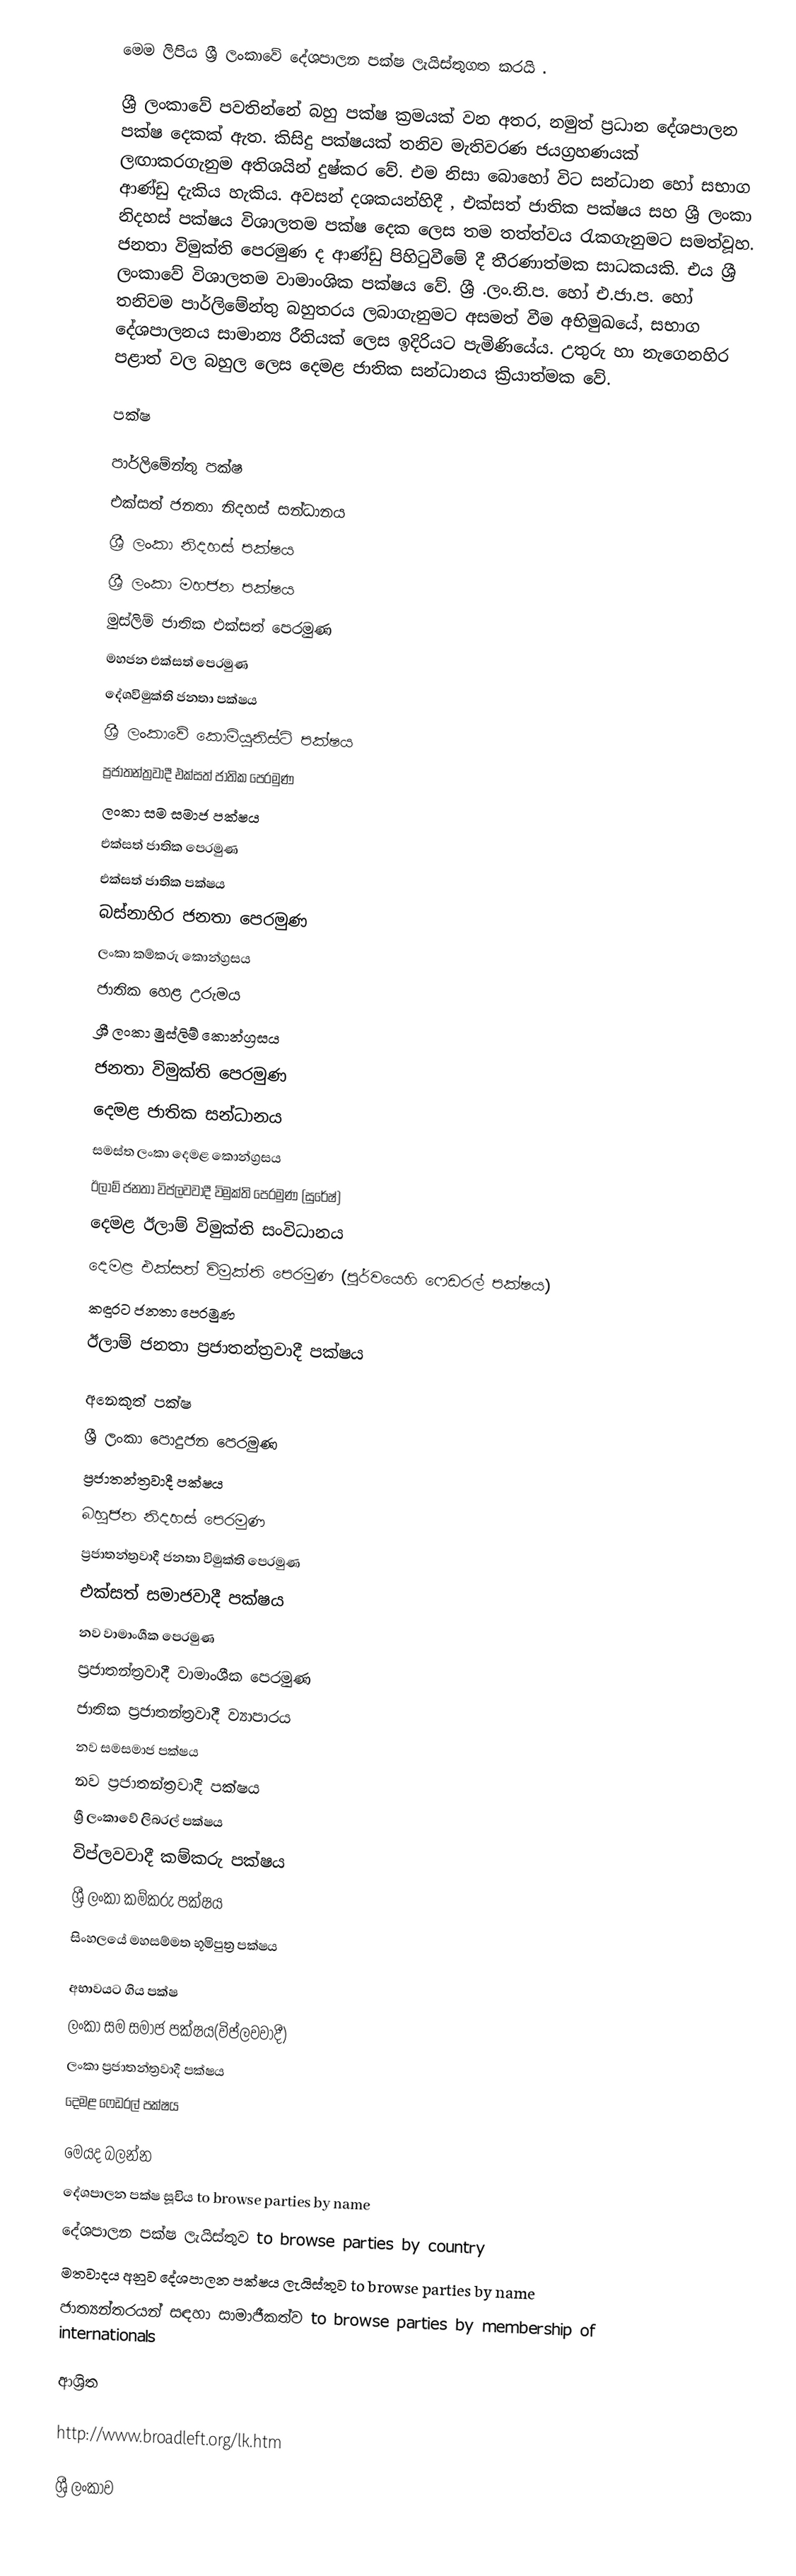
මෙම ලිපිය  ශ්‍රී ලංකාවේ දේශපාලන පක්ෂ ලැයිස්තුගත කරයි .

ශ්‍රී ලංකාවේ පවතින්නේ  බහු පක්ෂ  ක්‍රමයක් වන අතර, නමුත් ප්‍රධාන ‍දේශපාලන පක්ෂ දෙකක් ඇත. කිසිදු පක්ෂයක් තනිව  මැතිවරණ ජයග්‍රහණයක් ලඟාකරගැනුම අතිශයින් දුෂ්කර වේ. එම නිසා බොහෝ විට සන්ධාන හෝ සභාග ආණ්ඩු දැකිය හැකිය. අවසන් දශකයන්හිදී , එක්සත් ජාතික පක්ෂය සහ ශ්‍රී ලංකා නිදහස්  පක්ෂය විශාලතම පක්ෂ දෙක ලෙස තම තත්ත්වය රැකගැනුමට සමත්වූහ. ජනතා විමුක්ති පෙරමුණ ද ආණ්ඩු පිහිටුවීමේ දී තීරණාත්මක සාධකයකි. එය ශ්‍රී ලංකාවේ විශාලතම වාමාංශික පක්ෂය වේ. ශ්‍රී .ලං.නි.ප. හෝ එ.ජා.ප. හෝ තනිවම පාර්ලිමේන්තු බහුතරය ලබාගැනුමට අසමත් වීම අභිමුඛයේ, සභාග දේශපාලනය  සාමාන්‍ය රීතියක් ලෙස ඉදිරියට පැමිණියේය. උතුරු හා නැගෙනහිර පළාත් වල බහුල ලෙස දෙමළ ජාතික සන්ධානය  ක්‍රියාත්මක වේ.

පක්ෂ

පාර්ලිමේන්තු පක්ෂ
එක්සත් ජනතා නිදහස් සන්ධානය
ශ්‍රී ලංකා නිදහස් පක්ෂය
ශ්‍රී ලංකා මහජන පක්ෂය
මුස්ලිම් ජාතික එක්සත් පෙරමුණ
මහජන එක්සත් පෙරමුණ
දේශවිමුක්ති ජනතා පක්ෂය
ශ්‍රී ලංකාවේ කොමියුනිස්ට් පක්ෂය
ප්‍රජාතන්ත්‍රවාදී එක්සත් ජාතික පෙරමුණ
ලංකා සම සමාජ පක්ෂය
එක්සත් ජාතික පෙරමුණ
එක්සත් ජාතික පක්ෂය
බස්නාහිර ජනතා පෙරමුණ
ලංකා කම්කරු කොන්ග්‍රසය
ජාතික හෙළ උරුමය
ශ්‍රී ලංකා මුස්ලිම් කොන්ග්‍රසය
ජනතා විමුක්ති පෙරමුණ
දෙමළ ජාතික සන්ධානය
සමස්ත ලංකා දෙමළ කොන්ග්‍රසය
ඊලාම් ජනතා විප්ලවවාදී විමුක්ති පෙරමුණ (සුරේෂ්)
දෙමළ ඊලාම් විමුක්ති සංවිධානය
දෙමළ එක්සත් විමුක්ති පෙරමුණ (පූර්වයෙහි ෆෙඩරල් පක්ෂය)
කඳුරට ජනතා පෙරමුණ
ඊලාම් ජනතා ප්‍රජාතන්ත්‍රවාදී පක්ෂය

අනෙකුත් පක්ෂ
ශ්‍රී ලංකා පොදුජන පෙරමුණ
ප්‍රජාතන්ත්‍රවාදී පක්ෂය
බහුජන නිදහස් පෙරමුණ
ප්‍රජාතන්ත්‍රවාදී ජනතා විමුක්ති පෙරමුණ
එක්සත් සමාජවාදී පක්ෂය
නව වාමාංශීක පෙරමුණ
ප්‍රජාතන්ත්‍රවාදී වාමාංශීක පෙරමුණ
ජාතික ප්‍රජාතන්ත්‍රවාදී ව්‍යාපාරය
නව සමසමාජ පක්ෂය
නව ප්‍රජාතන්ත්‍රවාදී පක්ෂය
ශ්‍රී ලංකාවේ ලිබරල් පක්ෂය
විප්ලවවාදී කම්කරු පක්ෂය
ශ්‍රී ලංකා කම්කරු පක්ෂය
සිංහලයේ මහසම්මත භූමිපුත්‍ර පක්ෂය

අභාවයට ගිය පක්ෂ
ලංකා සම සමාජ පක්ෂය(විප්ලවවාදී)
ලංකා ප්‍රජාතන්ත්‍රවාදී පක්ෂය
දෙමළ ෆෙඩරල් පක්ෂය

මෙයද බලන්න
 දේශපාලන පක්ෂ සූචිය to browse parties by name
 දේශපාලන පක්ෂ ලැයිස්තුව to browse parties by country
 මතවාදය අනුව දේශපාලන පක්ෂය ලැයිස්තුව to browse parties by name
 ජාත්‍යන්තරයන් සඳහා සාමාජීකත්ව to browse parties by membership of internationals

ආශ්‍රිත

http://www.broadleft.org/lk.htm

ශ්‍රී ලංකාව